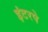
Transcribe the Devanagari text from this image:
इंटरपे